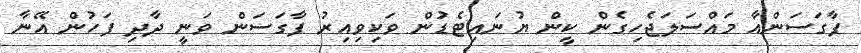
ފާގަސަންއާ މައްސަލަޖެހިގެން ކީން ޔުނައިޓެޑުން ވަކިވިއިރު ފާގަސަން ވަނީ ދާދި ފަހުން އޭނާ